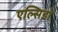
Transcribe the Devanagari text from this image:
एल्सिडो